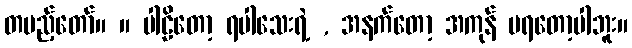
တပည့်တော်။ ။ ပါဠိတော့ ရပါသေးရဲ့ , အနက်တော့ အကုန် မရတော့ပါဘူး။